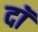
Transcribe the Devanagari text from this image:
दॉ